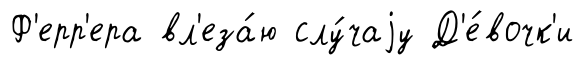
Ф'ерр'ера вл'еза́ю слу́чаjу Д'е́вочк'и